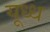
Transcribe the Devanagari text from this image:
यूध्ध